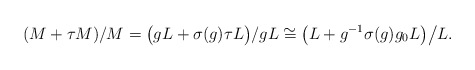
\begin{align*} (M + \tau M)/M = \bigl(gL + \sigma(g)\tau L\bigr) / gL \cong \bigl(L + g^{-1}\sigma(g)g_0L\bigr) \big/ L.\end{align*}